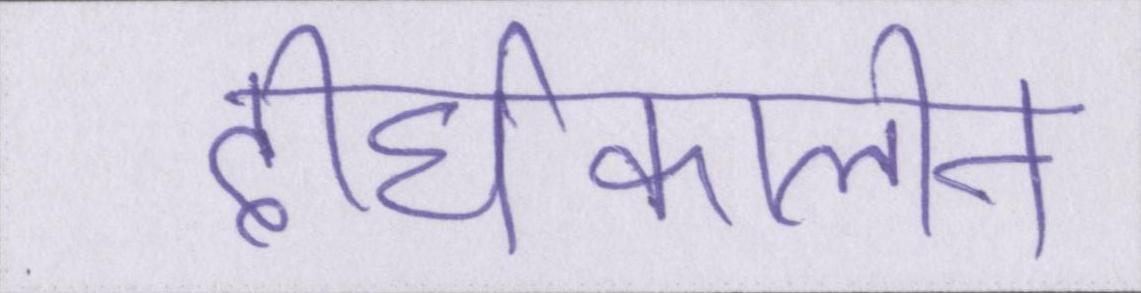
दीर्घकालीन